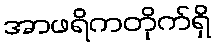
အာဖရိကတိုက်ရှိ